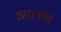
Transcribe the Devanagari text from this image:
आलाब